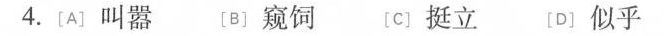
4.[A]叫嚣 〔B〕窥饲 [C]挺立 [D〕似乎